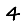
Digit: 4